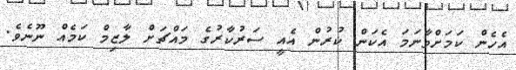
އެހެން ކަމަށްވާނަމަ އެކަން ކުރުން އެއީ ސަރުކާރުގެ މައްޗަށް ލާޒިމް ކަމެއް ނޫނެވެ.